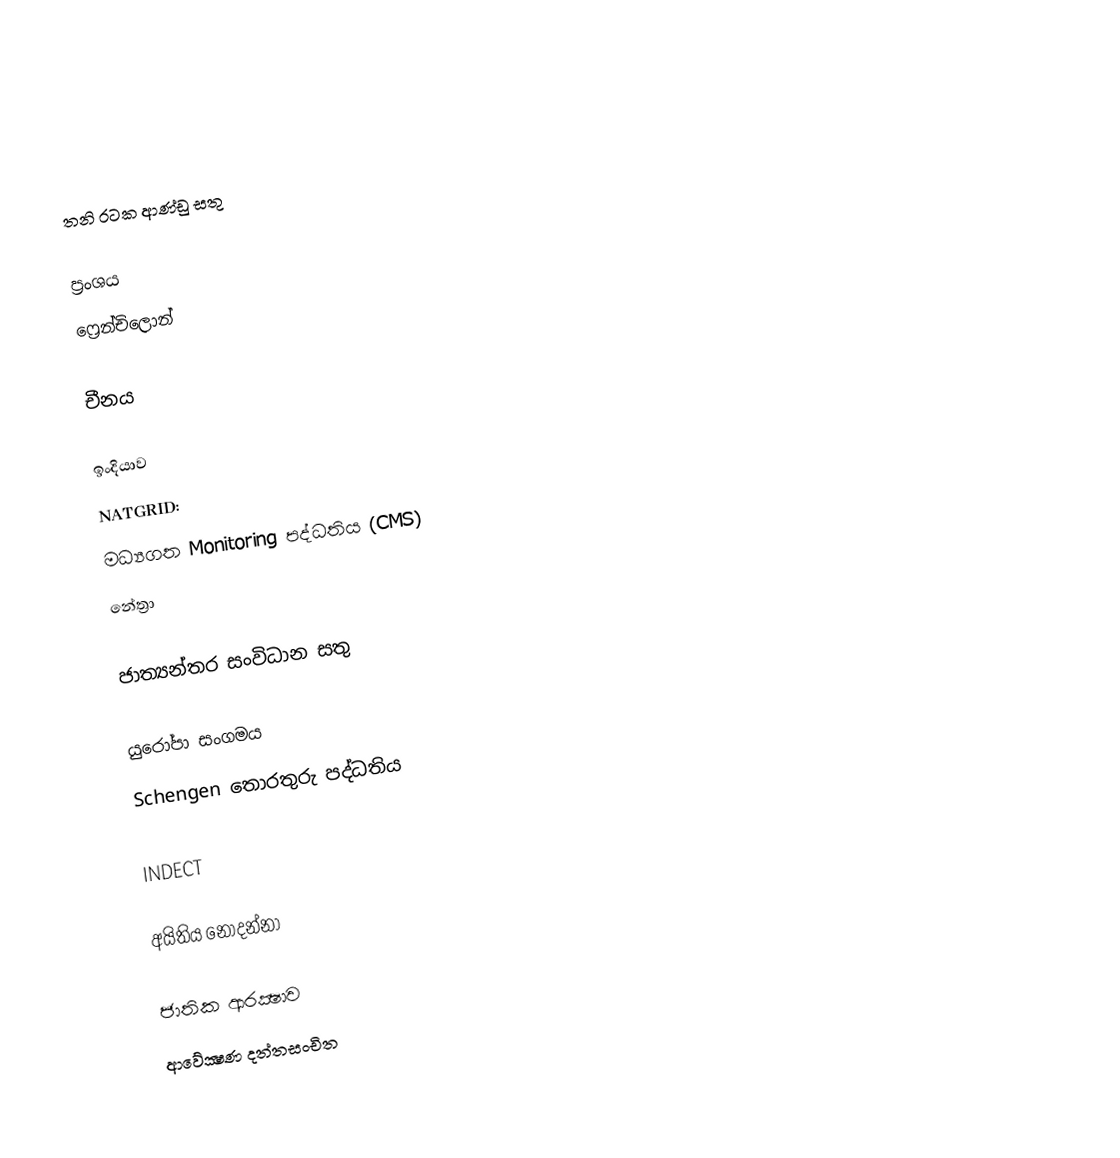

තනි රටක ආණ්ඩු සතු

ප්‍රංශය
 ෆ්‍රෙන්චිලොන්

චීනය

ඉංදියාව
 NATGRID:
 මධ්‍යගත Monitoring පද්ධතිය (CMS)
 නේත්‍රා

ජාත්‍යන්තර සංවිධාන සතු

යුරෝපා සංගමය
 Schengen තොරතුරු පද්ධතිය

 INDECT

අයිතිය නොදන්නා

ජාතික ආරක්‍ෂාව
ආවේක්‍ෂණ දත්තසංචිත